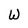
Character: W